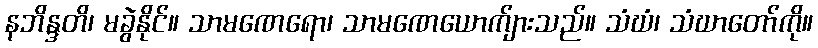
နဘိန္ဒတိ၊ မခွဲနိုင်။ သာမဏေရော၊ သာမဏေယောက်ျားသည်။ သံဃံ၊ သံဃာတော်ကို။